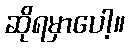
ဆိုရမှာပေါ့။